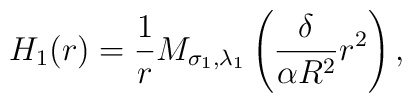
H_{1}(r)=\frac{1}{r}M_{\sigma_{1}, \lambda_{1}}\left( \frac{\delta}{\alpha R^2} r^2\right),